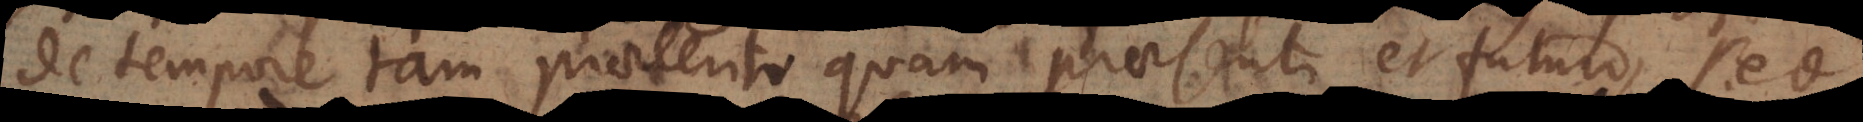
de tempore tam praeterito quam praesenti et futuro, sed